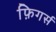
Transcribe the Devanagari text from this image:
फ़िगर्स